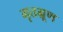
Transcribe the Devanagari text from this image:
मृतभ्रूण